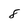
Character: 8